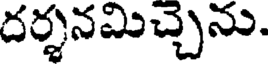
దర్శనమిచ్చెను.